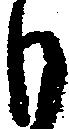
も